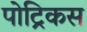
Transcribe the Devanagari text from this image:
पोट्रिकस